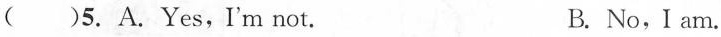
( )5. A.Yes,I'm not. B. No,I am.